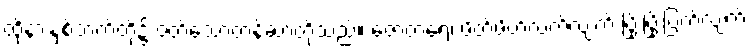
ထိုနားနှစ်ဘက်တို့၌ ဝတ်သောတန်ဆာတို့သည်။ ဇောတရေ၊ ဖိတ်ဖိတ်လက်လျက် ပြိုးပြိုးပြက်လျက်